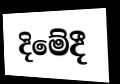
දිමේදී